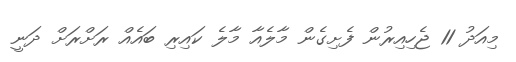
މިއަދު 11 ޖެހިއިރުން ފެށިގެން މާލެއާ މާލެ ކައިރި ބައެއް ރަށްރަށް ދަނީ